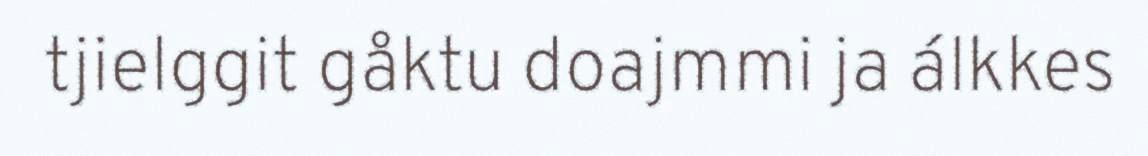
tjielggit gåktu doajmmi ja álkkes